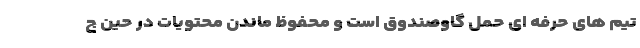
تیم­ های حرفه ­ای حمل گاوصندوق است و محفوظ ماندن محتویات در حین ج